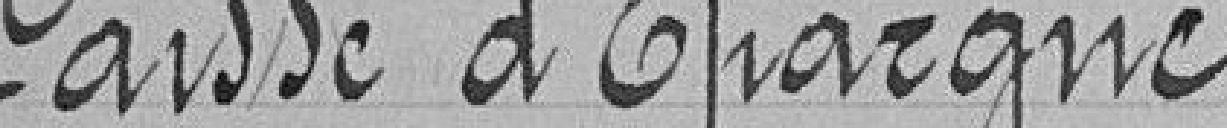
Caisse d'Epargne